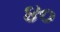
૪૦